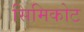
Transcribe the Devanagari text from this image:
सिमिकोट